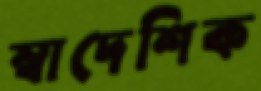
স্বাদেশিক